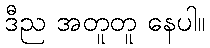
ဒီည အတူတူ နေပါ။